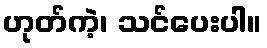
ဟုတ်ကဲ့၊ သင်ပေးပါ။